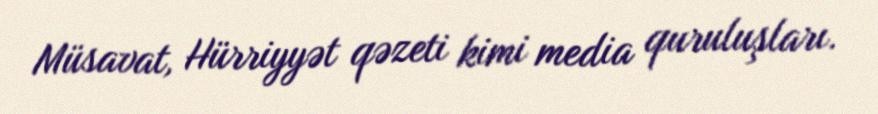
Müsavat, Hürriyyət qəzeti kimi media quruluşları.